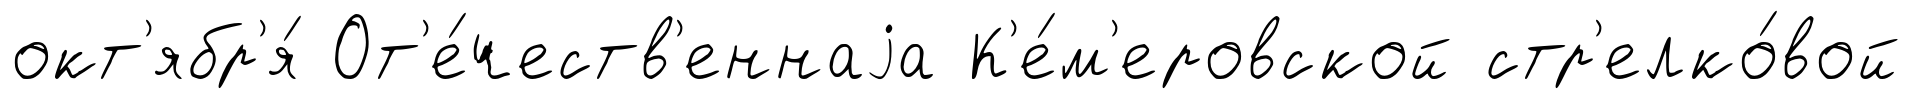
окт'ябр'я́ От'е́честв'еннаjа К'е́м'еровской стр'елко́вой